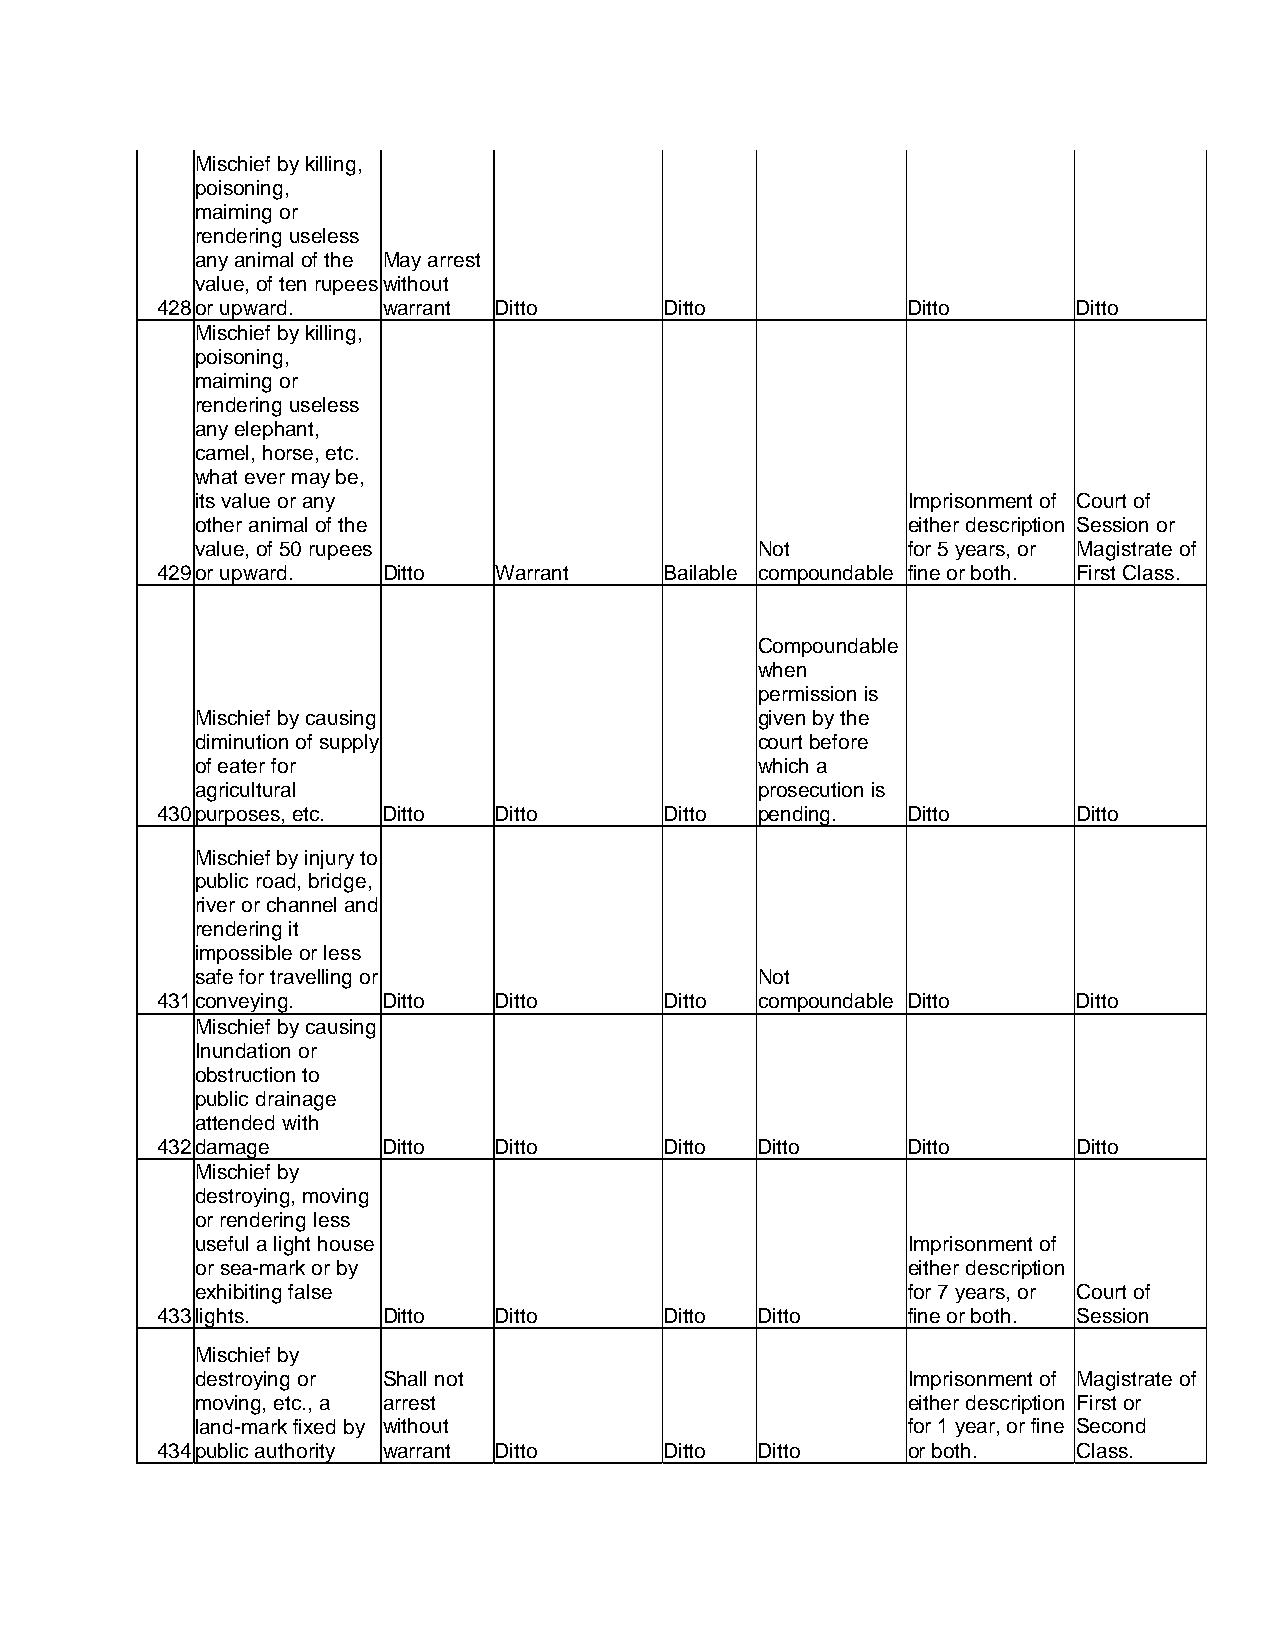
Mischief by killing,
 poisoning,
 maiming or
 rendering useless
 any animal of the May arrest
 value, of ten rupees without
 428 or upward. warrant Ditto      Ditto           Ditto      Ditto
 Mischief by killing,
 poisoning,
 maiming or
 rendering useless
 any elephant,
 camel, horse, etc.
 what ever may be,
 its value or any                               Imprisonment of Court of
 other animal of the                            either description Session or
 value, of 50 rupees                  Not       for 5 years, or Magistrate of
 429 or upward. Ditto   Warrant    Bailable compoundable fine or both. First Class.
 Compoundable
 when
 permission is
 Mischief by causing                  given by the
 diminution of supply                 court before
 of eater for                         which a
 agricultural                         prosecution is
 430 purposes, etc. Ditto Ditto    Ditto pending.  Ditto      Ditto
 Mischief by injury to
 public road, bridge,
 river or channel and
 rendering it
 impossible or less
 safe for travelling or               Not
 431 conveying. Ditto   Ditto      Ditto compoundable Ditto   Ditto
 Mischief by causing
 Inundation or
 obstruction to
 public drainage
 attended with
 432 damage     Ditto   Ditto      Ditto Ditto     Ditto      Ditto
 Mischief by
 destroying, moving
 or rendering less
 useful a light house                           Imprisonment of
 or sea-mark or by                              either description
 exhibiting false                               for 7 years, or Court of
 433 lights.    Ditto   Ditto      Ditto Ditto     fine or both. Session
 Mischief by
 destroying or Shall not                        Imprisonment of Magistrate of
 moving, etc., a arrest                         either description First or
 land-mark fixed by without                     for 1 year, or fine Second
 434 public authority warrant Ditto Ditto Ditto    or both.   Class.